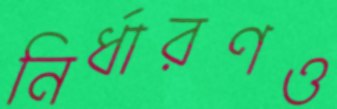
নির্ধারণও